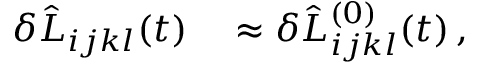
\begin{array} { r l } { \delta \hat { L } _ { i j k l } ( t ) } & { { } \approx \delta \hat { L } _ { i j k l } ^ { ( 0 ) } ( t ) \, , } \end{array}